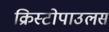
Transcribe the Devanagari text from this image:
क्रिस्टोपाउलस